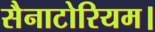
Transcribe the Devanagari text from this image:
सैनाटोरियम।